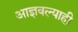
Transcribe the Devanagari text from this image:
आज्ञवल्याही